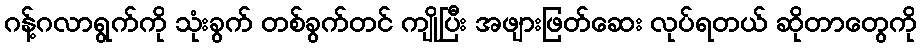
ဂန့်ဂလာရွက်ကို သုံးခွက် တစ်ခွက်တင် ကျိုပြီး အဖျားဖြတ်ဆေး လုပ်ရတယ် ဆိုတာတွေကို